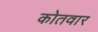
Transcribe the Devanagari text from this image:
कोतवार